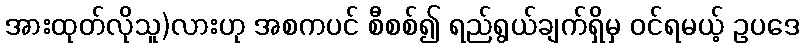
အားထုတ်လိုသူ)လားဟု အစကပင် စီစစ်၍ ရည်ရွယ်ချက်ရှိမှ ဝင်ရမယ့် ဥပဒေ